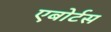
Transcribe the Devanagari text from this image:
एबोर्टस